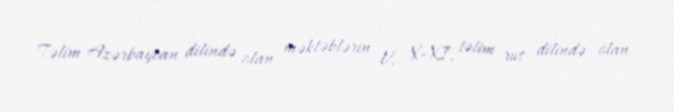
Təlim Azərbaycan dilində olan məktəblərin V, X–XI, təlim rus dilində olan